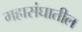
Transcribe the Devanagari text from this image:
महासंघातील